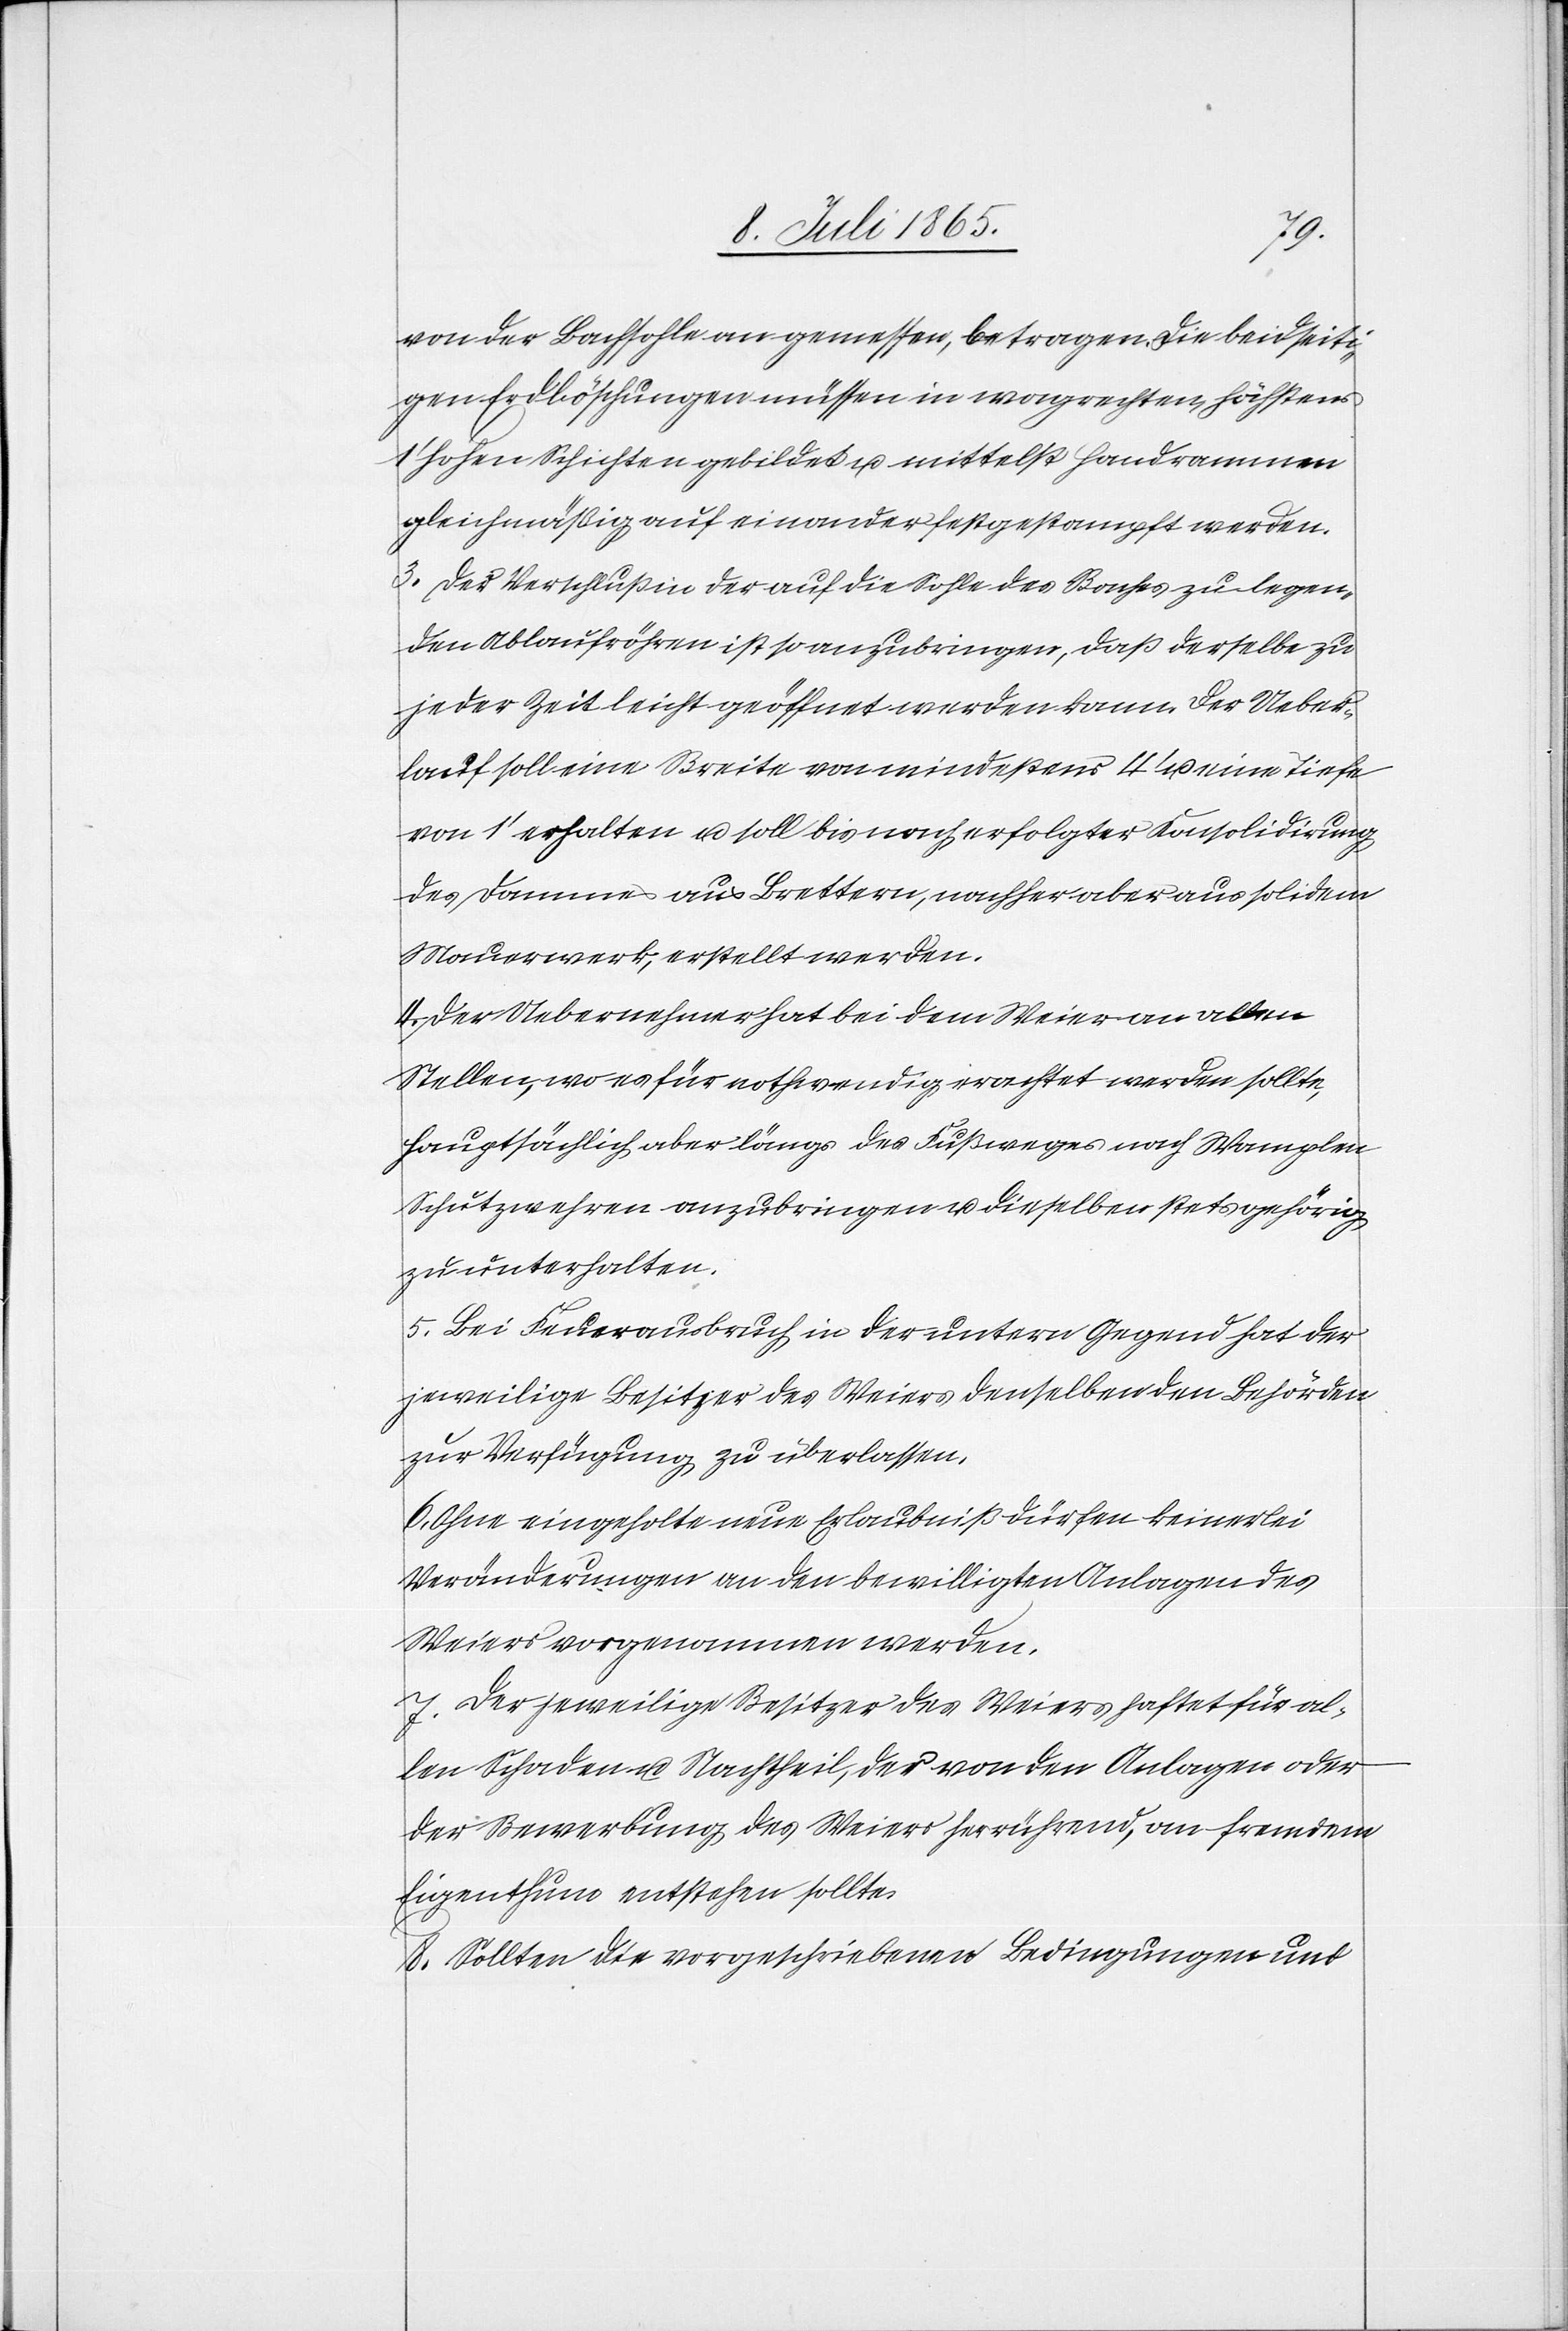
von der Bachsohle an gemessen, betragen. Die beidseiti¬
gen Erdlöschungen müssen in wagrechten, höchstens
hohen Schichten gebildet u. mittelst Handrammen
gleichmäßig auf einander festgestampft werden.
3. Der Verschluß in der auf die Sohle des Baches zu legen¬
den Ablaufröhren ist so anzubringen, daß derselbe zu
jeder Zeit leicht geöffnet werden kann. Der Ueber¬
lauf soll eine Breite von mindestens 4’ u. eine Tiefe
von 1’ erhalten u. soll bis nach erfolgter Konsolidirung
des Dammes aus Brettern, nachher aber aus solidem
Mauerwerk, erstellt werden.
4. Der Uebernehmer hat bei dem Weier an allen
Stellen, wo es für nothwendig erachtet werden sollte,
hauptsächlich aber längs des Fußweges nach Wamplen
Schutzwehren anzubringen u. dieselben stets gehörig
zu unterhalten.
5. Bei Feuerausbruch in der untern Gegend hat der
jeweilige Besitzer des Weiers denselben den Behörden
zur Verfügung zu überlassen.
6. Ohne eingeholte neue Erlaubniß dürfen keinerlei
Veränderungen an den bewilligten Anlagen des
Weiers vorgenommen werden.
7. Der jeweilige Besitzer des Weiers haftet für al¬
len Schaden u. Nachtheil, der von den Anlagen oder
der Bewerbung des Weiers herrührend, an fremdem
Eigenthum entstehen sollte.
8. Sollten die vorgeschriebenen Bedingungen und